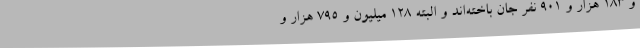
و ۱۸۳ هزار و ۹۰۱ نفر جان باخته‌اند و البته ۱۲۸ میلیون و ۷۹۵ هزار و